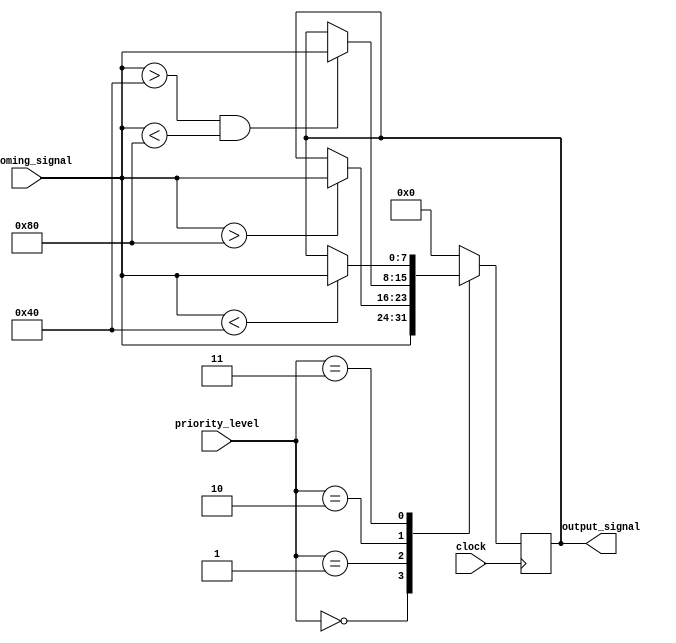
module PriorityBypassRegister (
    input wire [7:0] incoming_signal,
    input wire [3:0] priority_level,
    input wire clock,
    output reg [7:0] output_signal
);

reg [7:0] synced_signal;

always @ (posedge clock) begin
    case (priority_level)
        4'b0000: synced_signal <= incoming_signal; // Pass through all signals
        4'b0001: begin // Priority logic for level 1
            if (incoming_signal > 8'h80) begin
                synced_signal <= incoming_signal;
            end
        end
        4'b0010: begin // Priority logic for level 2
            if (incoming_signal > 8'h40 && incoming_signal < 8'h80) begin
                synced_signal <= incoming_signal;
            end
        end
        4'b0011: begin // Priority logic for level 3
            if (incoming_signal < 8'h40) begin
                synced_signal <= incoming_signal;
            end
        end
        default: synced_signal <= 8'h00; // Bypass all signals
    endcase
end

assign output_signal = synced_signal;

endmodule